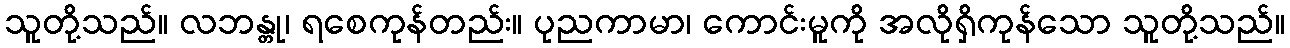
သူတို့သည်။ လဘန္တု၊ ရစေကုန်တည်း။ ပုညကာမာ၊ ကောင်းမူကို အလိုရှိကုန်သော သူတို့သည်။